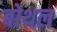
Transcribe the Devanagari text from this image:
बोथल